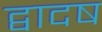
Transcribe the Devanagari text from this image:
द्वादष